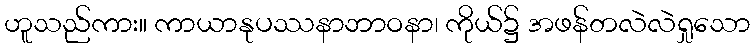
ဟူသည်ကား။ ကာယာနုပဿနာဘာဝနာ၊ ကိုယ်၌ အဖန်တလဲလဲရှုသော